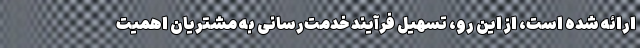
ارائه شده است، از این رو، تسهیل فرآیند خدمت‌رسانی به مشتریان اهمیت